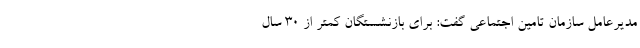
مدیرعامل سازمان تامین اجتماعی گفت: برای بازنشستگان کمتر از ۳۰ سال